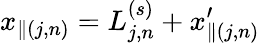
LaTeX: x_{\parallel(j,n)}=L_{j,n}^{(s)}+x_{\parallel(j,n)}^{\prime}